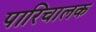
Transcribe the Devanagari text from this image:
पारिचालक